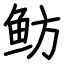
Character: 鲂